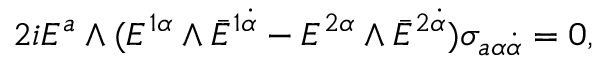
2 i E ^ { a } \wedge ( E ^ { 1 \alpha } \wedge \bar { E } ^ { 1 \dot { \alpha } } - E ^ { 2 \alpha } \wedge \bar { E } ^ { 2 \dot { \alpha } } ) \sigma _ { a \alpha \dot { \alpha } } = 0 , \qquad